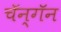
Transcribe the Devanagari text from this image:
चॅन्गॅन